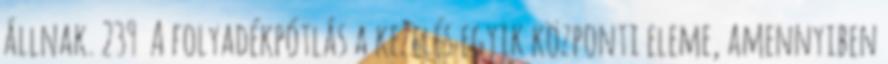
állnak. 239 A folyadékpótlás a kezelés egyik központi eleme, amennyiben